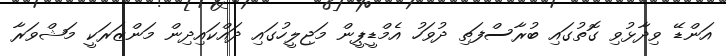
އަންޑޭ ވިދާޅުވި ގޮތުގައި ބުރާސްފަތި ދުވަހު އެމްޑީޕީން މަޖިލީހުގައި ދައްކައިދިން މަންޒަރަކީ މަޝްވަރާ